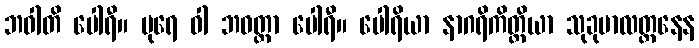
ဘဝါတိ ပေါရီ။ ပုရေ ဝါ ဘဝတ္တာ ပေါရီ။ ပေါရိယာ နာဂရိကိတ္ထိယာ သုခုမာလတ္တနေန